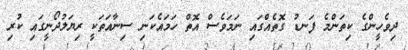
ދިވެހީންގެ ކިތަންމެ ފަނޑު ގޮތެއްގައި ނަމަވެސް އޮތް ހަމައެކަނި ސިނާއަތަކީ ރިޔަލުދޯނީގައި ކުރި